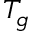
T _ { g }